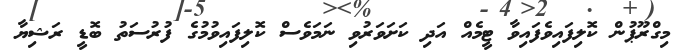
މިގްރޫޕުން ކޮލިފައިވެފައިވާ ޓީމެއް އަދި ކަށަވަރުވި ނަމަވެސް ކޮލިފައިވުމުގެ ފުރުސަތު ބޮޑީ ރަޝިޔާ